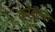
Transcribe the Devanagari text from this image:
कोलुम्बा